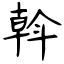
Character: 斡